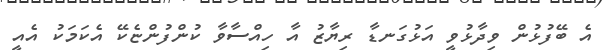
އެ ބޭފުޅުން ވިދާޅުވީ އަޅުގަނޑާ ރިޔާޒު އާ ހިއްސާވާ ކުންފުންޏެކޭ އެކަމަކު އެއީ